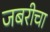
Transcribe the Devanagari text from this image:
जबरीचा